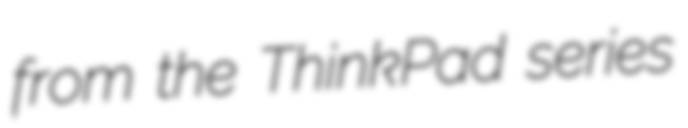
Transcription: from the ThinkPad series